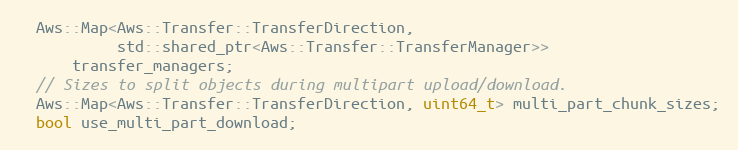
Language: C
  Aws::Map<Aws::Transfer::TransferDirection,
           std::shared_ptr<Aws::Transfer::TransferManager>>
      transfer_managers;
  // Sizes to split objects during multipart upload/download.
  Aws::Map<Aws::Transfer::TransferDirection, uint64_t> multi_part_chunk_sizes;
  bool use_multi_part_download;